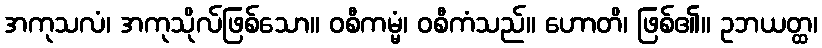
အကုသလံ၊ အကုသိုလ်ဖြစ်သော။ ဝစီကမ္မံ၊ ဝစီကံသည်။ ဟောတိ၊ ဖြစ်၏။ ဥဘယတ္ထ၊